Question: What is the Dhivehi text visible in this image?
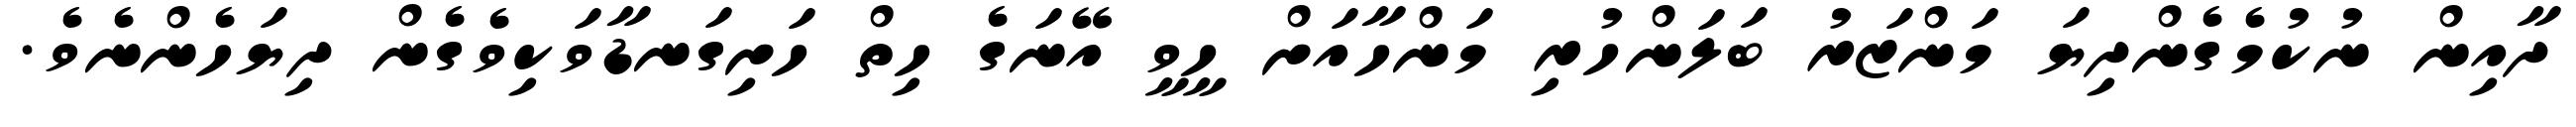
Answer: ދާއިން ނުކުމެގެންދިޔަ މަންޒަރު ބަލަންހުރި މަންހާއަށް ހީވީ އޭނަގެ ހިތް ހަށިގަނޑާވަކިވެގެން ދިޔަހެންނެވެ.